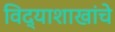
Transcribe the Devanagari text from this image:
विद्याशाखांचे